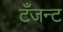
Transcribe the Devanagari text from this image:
टँजन्ट